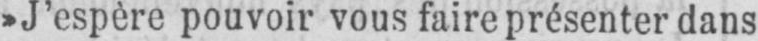
»J’espère pouvoir vous faire présenter dans